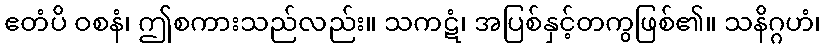
ဧတံပိ ဝစနံ၊ ဤစကားသည်လည်း။ သကဋံ၊ အပြစ်နှင့်တကွဖြစ်၏။ သနိဂ္ဂဟံ၊